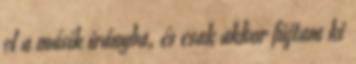
el a másik irányba, és csak akkor fújtam ki